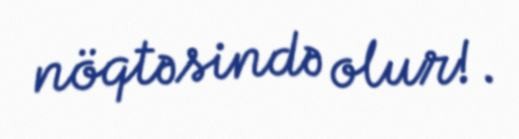
nöqtəsində olur!.